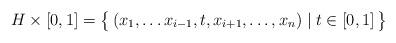
LaTeX: \begin{align*}H\times[0,1]=\big\{\,(x_1,\dots x_{i-1},t,x_{i+1},\dots,x_n)\mid t\in [0,1]\,\big\}\end{align*}